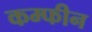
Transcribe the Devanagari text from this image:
कम्फीन